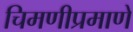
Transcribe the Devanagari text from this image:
चिमणीप्रमाणे